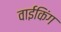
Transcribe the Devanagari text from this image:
वाईकिंग